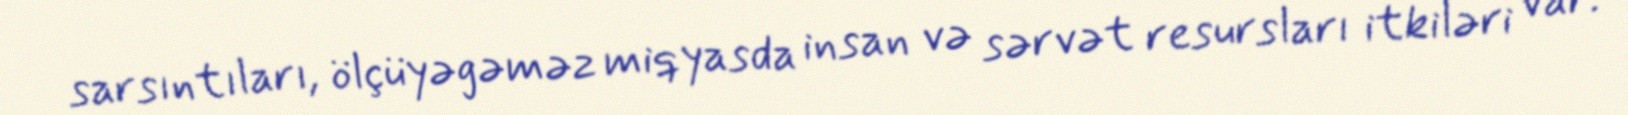
sarsıntıları, ölçüyəgəməz miqyasda insan və sərvət resursları itkiləri var.